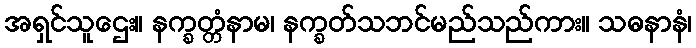
အရှင်သူဌေး။ နက္ခတ္တံနာမ၊ နက္ခတ်သဘင်မည်သည်ကား။ သဓနာနံ၊